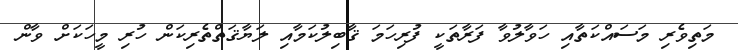
މަތިވެރި މަސައްކަތާއި ހަވާލުވާ ފަރާތަކީ ފުރިހަމަ ޤާބިލުކަމާއި ލަޔާޤަތްތެރިކަން ހުރި މީހަކަށް ވާން